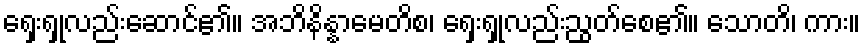
ရှေးရှုလည်းဆောင်၏။ အဘိနိန္နာမေတိစ၊ ရှေးရှုလည်းညွတ်စေ၏။ သောတိ၊ ကား။